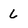
Character: 6